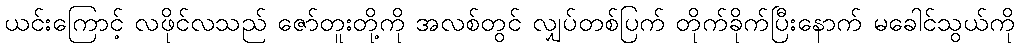
ယင်းကြောင့် လဖိုင်လသည် ဇော်တူးတို့ကို အလစ်တွင် လျှပ်တစ်ပြက် တိုက်ခိုက်ပြီးနောက် မခေါင်သွယ်ကို